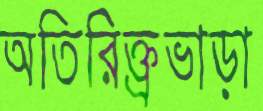
অতিরিক্ত্রভাড়া